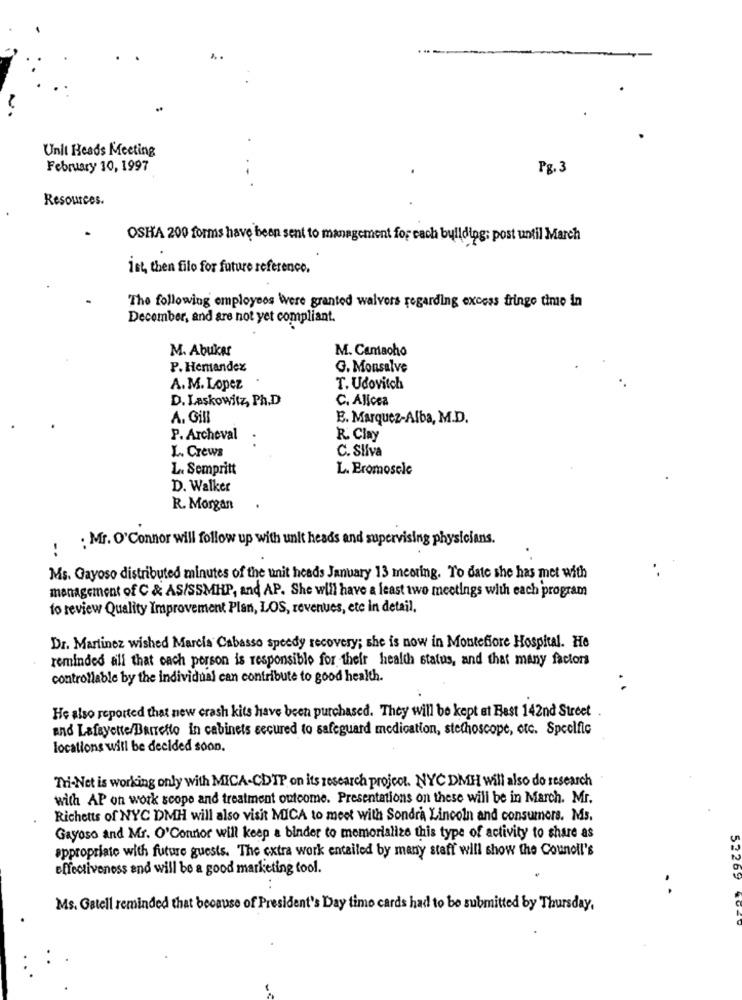
Unit Heads Meeting
February 10, 1997
Pg. 3
. .
Resources.
OSHA 200 forms have been sent to management for each building; post until March
1st, then filo for future reference.
The following employees Were granted waivers regarding excess fringe time in
December, and are not yet compliant.
M. Abuker
M. Camacho
P. Hemandex
G. Monsalve
A. M. Lopez
T. Udovitch
D. Laskowitz, Ph.D
C. Alicea
A. Gill
E. Marquez-Alba, M.D.
P. Archeval
R. Clay
L. Crews
C. Slíva
L. Sempritt
L. Eromosele
D. Walker
R. Morgan
: : Mr. O'Connor will follow up with unit heads and supervising physicians.
..
Ms. Gayoso distributed minutes of the unit heads January 13 meoring. To date she has met with
management of C & AS/SSMHP, and AP. She will have a least two meetings with each program
to review Quality Improvement Plan, LOS, revenues, etc in detail.
Dr. Martinez wished Marcia Cabasso speedy recovery; she is now in Montefiore Hospital. He
reminded all that each person is responsible for their health status, and that many factors
controllable by the individual can contribute to good health.
He also reported that new crash kits have been purchased. They will be kept at East 142nd Street
and Lafayette/Barretto in cabinets secured to safeguard medication, stethoscope, etc. Specific
locations will be decided soon.
Tri-Net is working only with MICA-CDTP on its research project. NYC DMH will also do research
with AP on work scope and treatment outcome. Presentations on these will be in March. Mr.
Richetts of NYC DMH will also visit MICA to meet with Sondra Lincoln and consumers. Ms.
Gayoso and Mr. O'Connor will keep a binder to memorialize this type of activity to share as
appropriate with future guests. The extra work entailed by many staff will show the Counell's
effectiveness and will be a good marketing tool.
52269
Ms. Gatell reminded
I that because of President's Day timo cards had to be submitted by Thursday,